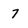
Character: 7